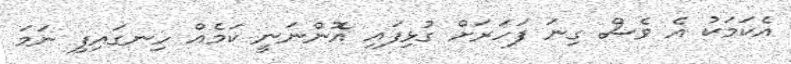
އެކަމަކު އެ ވެސް ގިނަ ފަހަރަށް ގުޅިފައި އޮންނަނީ ކަމެއް ހިނގައިފި ނަމަ